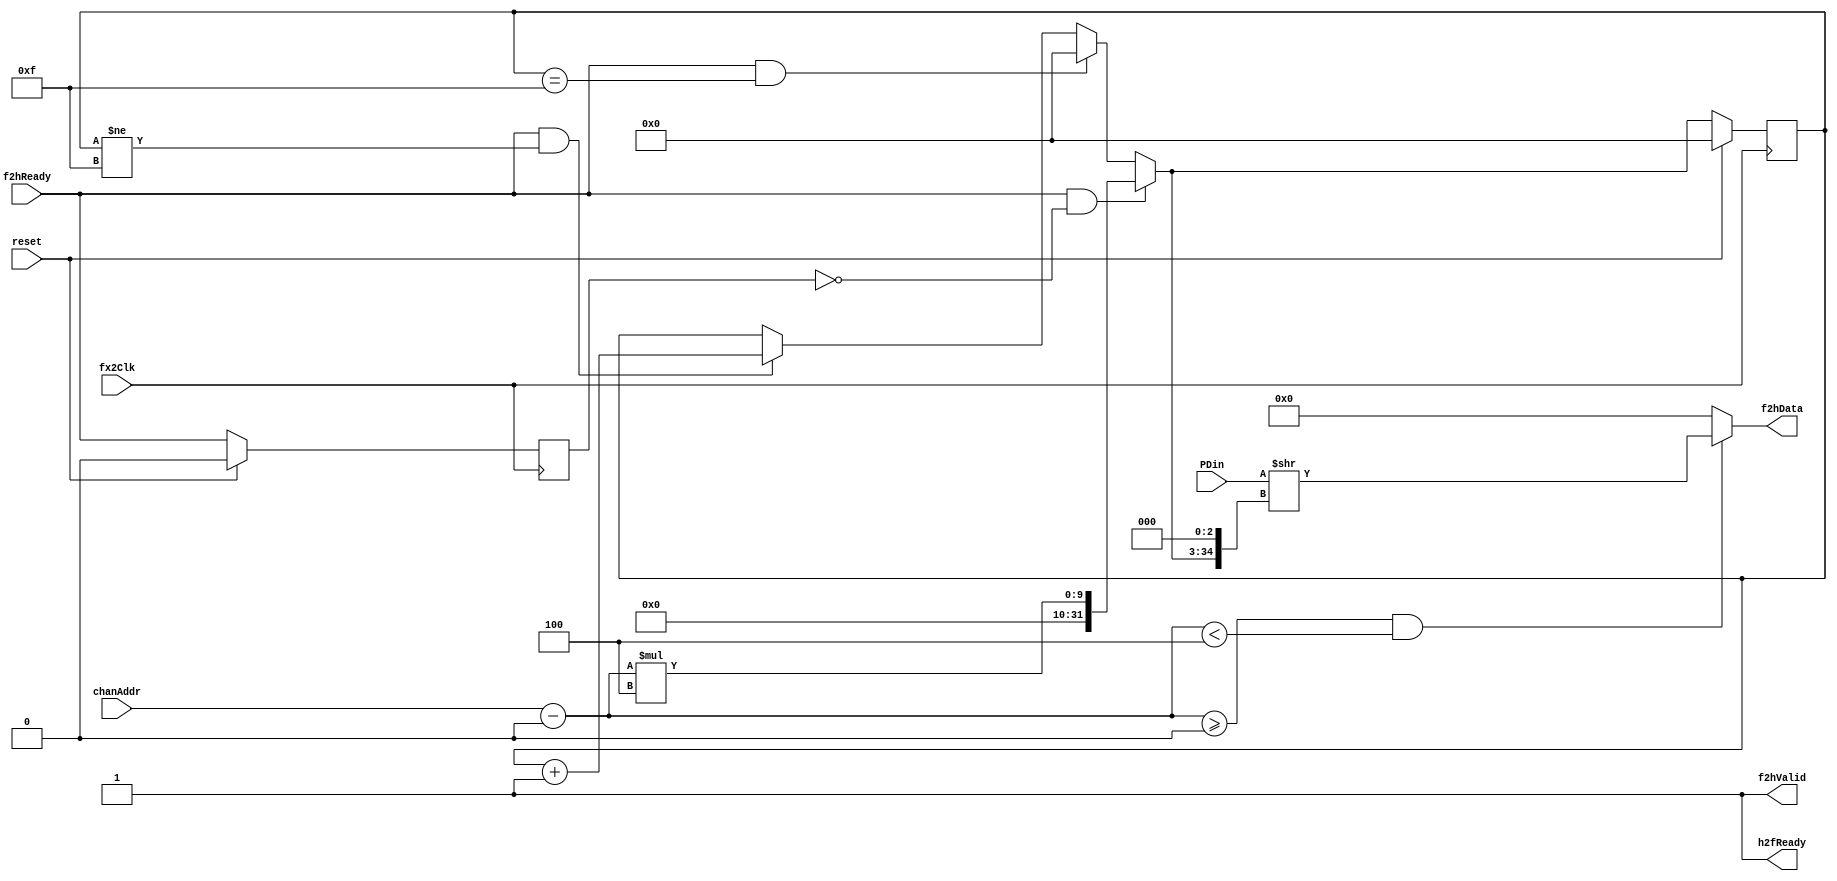
`timescale 1ns / 1ps
`default_nettype none
// Copyright (c) 2016 Jennifer Holt
//
// Permission is hereby granted, free of charge, to any person obtaining a copy of this software and 
// associated documentation files (the "Software"), to deal in the Software without restriction,
// including without limitation the rights to use, copy, modify, merge, publish, distribute,
// sublicense, and/or sell copies of the Software, and to permit persons to whom the Software is
// furnished to do so, subject to the following conditions:
//
// The above copyright notice and this permission notice shall be included in all copies or
// substantial portions of the Software.

// THE SOFTWARE IS PROVIDED "AS IS", WITHOUT WARRANTY OF ANY KIND, EXPRESS OR IMPLIED, INCLUDING BUT
// NOT LIMITED TO THE WARRANTIES OF MERCHANTABILITY, FITNESS FOR A PARTICULAR PURPOSE AND
// NONINFRINGEMENT. IN NO EVENT SHALL THE AUTHORS OR COPYRIGHT HOLDERS BE LIABLE FOR ANY CLAIM,
// DAMAGES OR OTHER LIABILITY, WHETHER IN AN ACTION OF CONTRACT, TORT OR OTHERWISE, ARISING FROM, OUT
// OF OR IN CONNECTION WITH THE SOFTWARE OR THE USE OR OTHER DEALINGS IN THE SOFTWARE.

//////////////////////////////////////////////////////////////////////////////////
// Company: 
// Engineer: 
// 
// Design Name: 
// Module Name:    status_memory 
// Project Name: 
// Target Devices: 
// Tool versions: 
// Description: 
//		Status register(s)  for FPGALink applications. register width, number of registers and base address are set by parameters.
//		Direct connection to commFPGA DVR pipes. registers values are taken from application side and read only from host side.
//		reads start at (chanAddr-BASEADDR)*NBYTES and are sequential, writes do not block commFPGA, but are ignored.
//		status input values are input on PDin as:
//		{{REGn:m[7:0], REGn:m-1[7:0] ... REGn:0[7:0]}, {REGn-1:m[7:0], REGn-1:m-1[7:0] ... REGn-1:0[7:0]}, {REG0:m[7:0], REG0:m-1[7:0] ... REG0:0[7:0]}}
//		with n = (NREG-1 .. 0) and m = (NBYTES-1 .. 0)
//		
//		Easily connects to the DVR pipes provided by commFPGA:
//
//	Instantiation Template
//	status_memory #(.NREG(4), .NBYTES(4), .BASEADDR(0)) StatMem (
//			.fx2Clk		(fx2Clk), 
//			.reset		(fx2Reset), 
//			.chanAddr	(stat_chanAddr),
//			.h2fData		(stat_h2fData), 
//			.h2fValid	(stat_h2fValid), 
//			.h2fReady	(stat_h2fReady),
//			.f2hData		(stat_f2hData), 
//			.f2hValid	(stat_f2hValid),
//			.f2hReady	(stat_f2hReady), 
//			.PDin			({statReg3, statReg2, statReg1, statReg0}), 
//	);
//
// Dependencies: 
//
// Revision: 
// Revision 0.01 - File Created
// Additional Comments: 
//
//////////////////////////////////////////////////////////////////////////////////
module status_memory #(parameter NREG = 4, parameter NBYTES = 4, parameter[6:0] BASEADDR = 0)(
	input wire fx2Clk,
	input wire reset,
	 
	input wire [6:0] chanAddr,
//	input wire [7:0] h2fData,
//	input wire h2fValid,
	output wire h2fReady,
	
	output wire [7:0] f2hData,
	output wire f2hValid,
	input wire f2hReady,
	 
	input wire [NREG*NBYTES*8-1:0] PDin
    );

	assign h2fReady = 1'b1;			//although writes are ignored, don't block them.
	
	//memory pointer
	reg [31:0] pointer = 0;
	wire [31:0] pointer_next;
	
	//registered rd
	reg rd_q = 1'b0;
	
	//edge signals
	wire pedg_rd;
	
	//edge logic
	assign pedg_rd = f2hReady & !rd_q;
	
	//address logic
	wire AddrValid;
	wire [6:0] Addr;
	assign Addr = chanAddr-BASEADDR;
	assign AddrValid = (Addr >= 0) & (Addr < NREG);
	
	//pointer logic
	assign pointer_next = (pedg_rd) ? Addr * NBYTES :
								 (f2hReady && (pointer == (NREG*NBYTES)-1)) ? 0 : 
								 (f2hReady && (pointer != (NREG*NBYTES)-1)) ? pointer + 1 :
								  pointer;

	//read logic
	wire [NREG*NBYTES*8-1:0] PDin_shift;
	assign PDin_shift = PDin >> ({3'b000,pointer_next} << 3);
	
	assign f2hData = (AddrValid) ? PDin_shift[7:0] : 8'd0;
	//assign f2hValid = AddValid;	//This one will block on reads outside range
	assign f2hValid = 1'b1;
	
	//registers
	always @ (posedge fx2Clk) begin
		if (reset) begin
			pointer <= 0;
			rd_q <= 0;
		end else begin
			rd_q <= f2hReady;
			pointer <= pointer_next;
		end
	end

endmodule